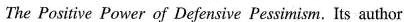
The Positive Power of Defensive Peasimianm. Its author